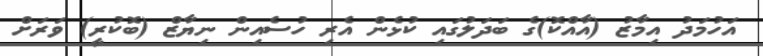
އަހުމަދު އިމާޒު (އާއްކޮ)ގެ ބަދަލުގައި ކުޅެން އެރި ހުސެއިން ނިޔާޒް (ބޮކުރީ) ވަރަށް